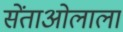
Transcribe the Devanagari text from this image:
सेंताओलाला